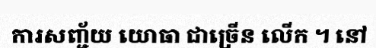
ការសញ្ជ័យ យោធា ជាច្រើន លើក ។ នៅ